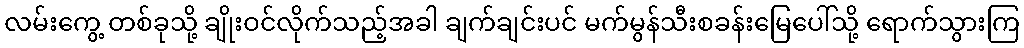
လမ်းကွေ့ တစ်ခုသို့ ချိုးဝင်လိုက်သည့်အခါ ချက်ချင်းပင် မက်မွန်သီးစခန်းမြေပေါ်သို့ ရောက်သွားကြ